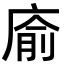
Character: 㢏